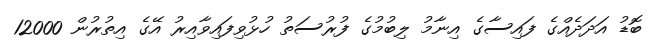
ބޮޑު އަދަދެއްގެ ފައިސާގެ އިނާމު ލިބުމުގެ ފުރުސަތު ހުޅުވިފައިވާއިރު އޭގެ އިތުރުން 12000